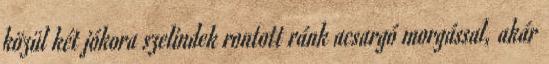
közül két jókora szelindek rontott ránk acsargó morgással, akár